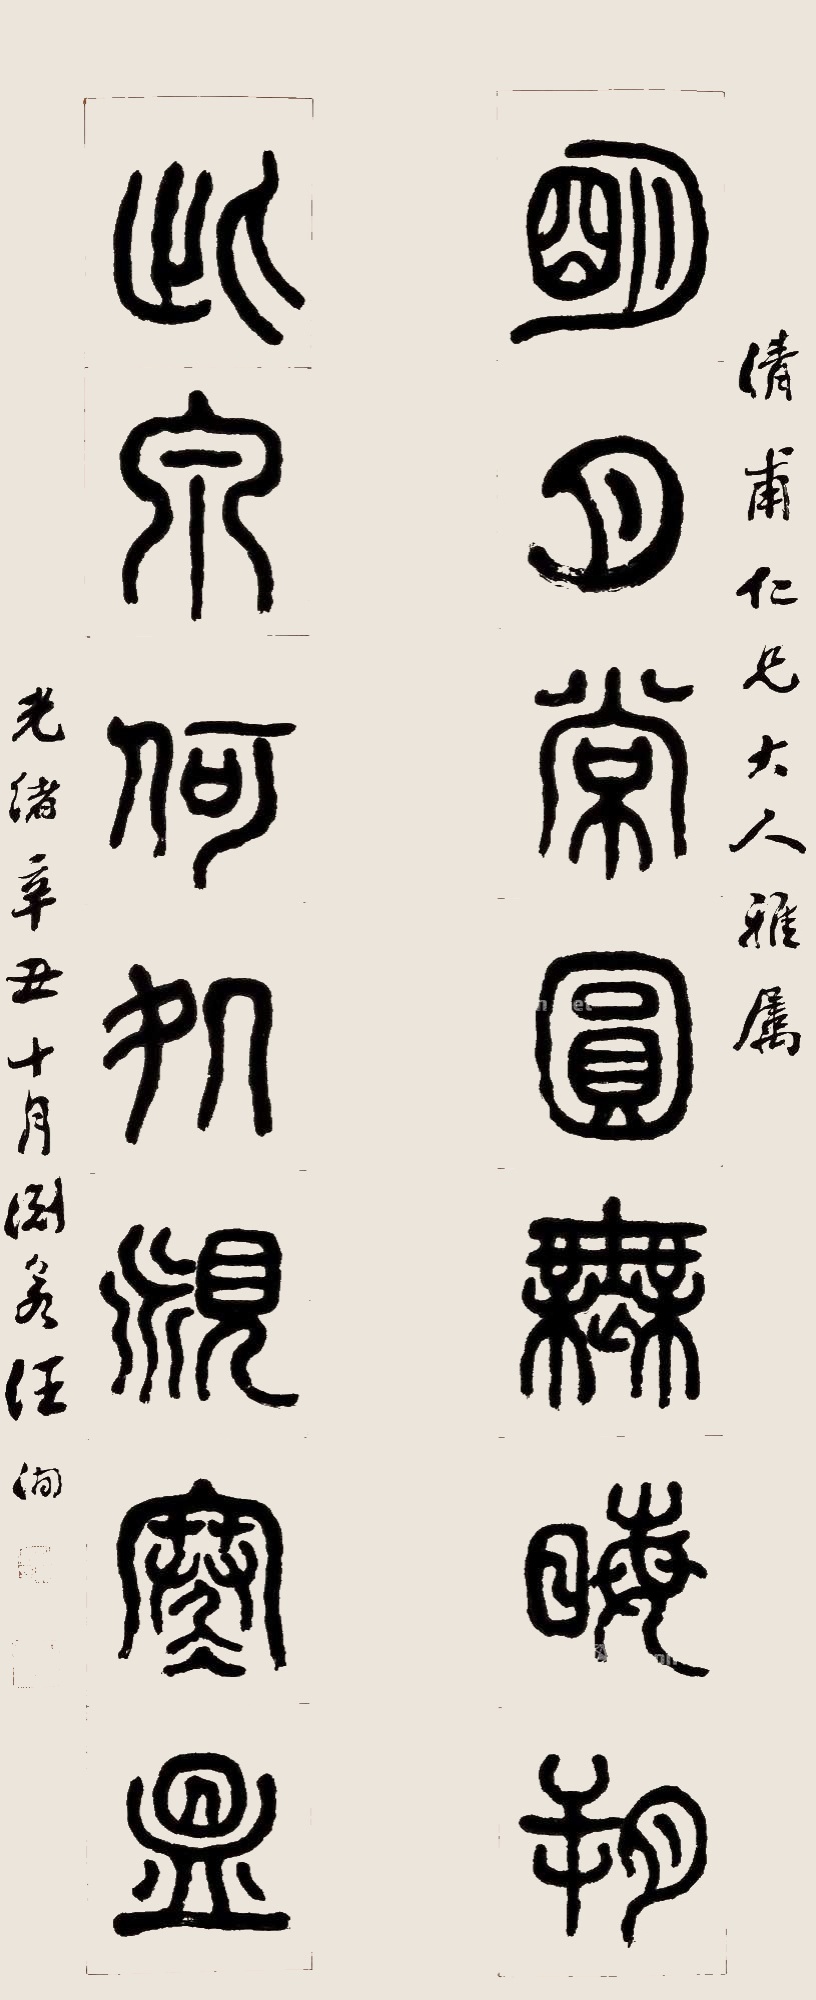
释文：明月常圆无晦朔，此泉何处觅寒昷。倩甫仁兄大人雅属。光绪辛丑十月，渊若汪洵。